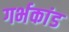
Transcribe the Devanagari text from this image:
गर्भकांड